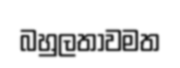
බහුලතාවමත